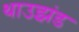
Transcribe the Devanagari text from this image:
थाउझंड